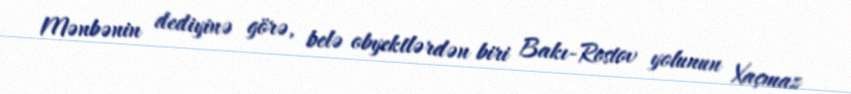
Mənbənin dediyinə görə, belə obyektlərdən biri Bakı-Rostov yolunun Xaçmaz